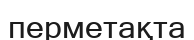
перметақта